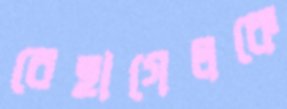
রেহাগেলকে